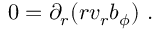
0 = \partial _ { r } ( r v _ { r } b _ { \phi } ) \ .